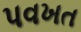
પવખત